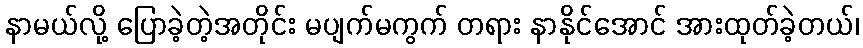
နာမယ်လို့ ပြောခဲ့တဲ့အတိုင်း မပျက်မကွက် တရား နာနိုင်အောင် အားထုတ်ခဲ့တယ်၊